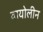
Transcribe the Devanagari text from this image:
वायोलीन